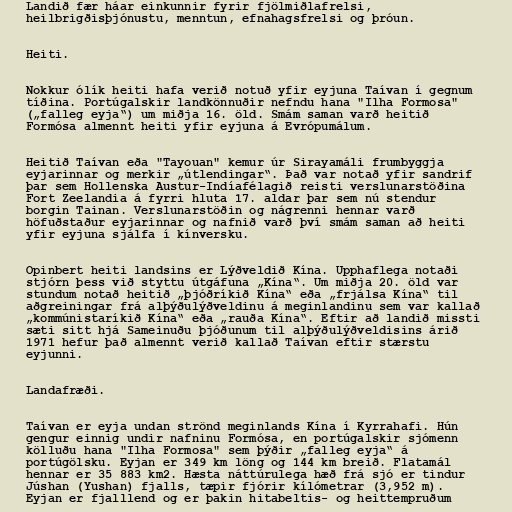
Landið fær háar einkunnir fyrir fjölmiðlafrelsi,
heilbrigðisþjónustu, menntun, efnahagsfrelsi og þróun.

Heiti.

Nokkur ólík heiti hafa verið notuð yfir eyjuna Taívan í gegnum
tíðina. Portúgalskir landkönnuðir nefndu hana "Ilha Formosa"
(„falleg eyja“) um miðja 16. öld. Smám saman varð heitið
Formósa almennt heiti yfir eyjuna á Evrópumálum.

Heitið Taívan eða "Tayouan" kemur úr Sirayamáli frumbyggja
eyjarinnar og merkir „útlendingar“. Það var notað yfir sandrif
þar sem Hollenska Austur-Indíafélagið reisti verslunarstöðina
Fort Zeelandia á fyrri hluta 17. aldar þar sem nú stendur
borgin Tainan. Verslunarstöðin og nágrenni hennar varð
höfuðstaður eyjarinnar og nafnið varð því smám saman að heiti
yfir eyjuna sjálfa í kínversku.

Opinbert heiti landsins er Lýðveldið Kína. Upphaflega notaði
stjórn þess við styttu útgáfuna „Kína“. Um miðja 20. öld var
stundum notað heitið „þjóðríkið Kína“ eða „frjálsa Kína“ til
aðgreiningar frá alþýðulýðveldinu á meginlandinu sem var kallað
„kommúnistaríkið Kína“ eða „rauða Kína“. Eftir að landið missti
sæti sitt hjá Sameinuðu þjóðunum til alþýðulýðveldisins árið
1971 hefur það almennt verið kallað Taívan eftir stærstu
eyjunni.

Landafræði.

Taívan er eyja undan strönd meginlands Kína í Kyrrahafi. Hún
gengur einnig undir nafninu Formósa, en portúgalskir sjómenn
kölluðu hana "Ilha Formosa" sem þýðir „falleg eyja“ á
portúgölsku. Eyjan er 349 km löng og 144 km breið. Flatamál
hennar er 35 883 km2. Hæsta náttúrulega hæð frá sjó er tindur
Júshan (Yushan) fjalls, tæpir fjórir kílómetrar (3,952 m).
Eyjan er fjalllend og er þakin hitabeltis- og heittempruðum